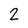
Character: 2